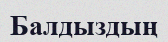
Балдыздың